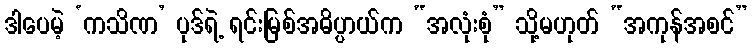
ဒါပေမဲ့ ‘ကသိဏ’ ပုဒ်ရဲ့ ရင်းမြစ်အဓိပ္ပာယ်က “အလုံးစုံ” သို့မဟုတ် “အကုန်အစင်”